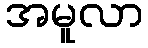
အမူလာ